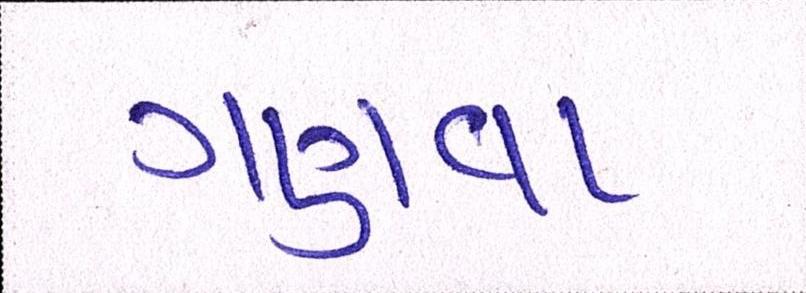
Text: ગણવા